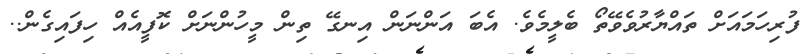
ފުރިހަމައަށް ތައްޔާރުވެވޭތޯ ބެލީމެވެ. އެބަ އަންނަން އިނގޭ ތިން މީހުންނަށް ކޮފީއެއް ހިފައިގެން..